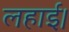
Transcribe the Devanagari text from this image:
लहाई।